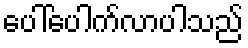
ပေါ်ပေါက်လာပါသည်